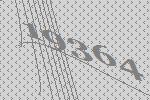
19364